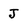
Character: J